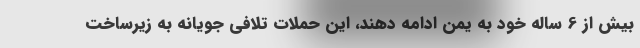
بیش از 6 ساله خود به یمن ادامه دهند، این حملات تلافی جویانه به زیرساخت